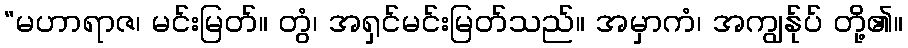
“မဟာရာဇ၊ မင်းမြတ်။ တွံ၊ အရှင်မင်းမြတ်သည်။ အမှာကံ၊ အကျွန်ုပ် တို့၏။